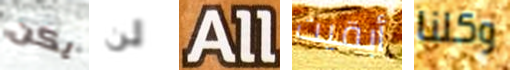
يكن لن All أبقيت وكلنا